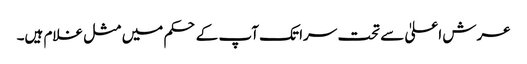
عرش اعلیٰ سے تحت سرا تک آپ کے حکم میں مثل غلام ہیں۔